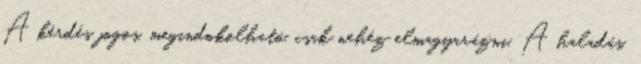
A kérdés jogos, megindokolható, csak nehéz elmagyarázni. A haladás,